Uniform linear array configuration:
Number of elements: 24
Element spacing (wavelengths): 0.5
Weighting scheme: blackman
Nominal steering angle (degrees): -15
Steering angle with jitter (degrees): -13.857
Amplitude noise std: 0.05
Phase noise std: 0.05

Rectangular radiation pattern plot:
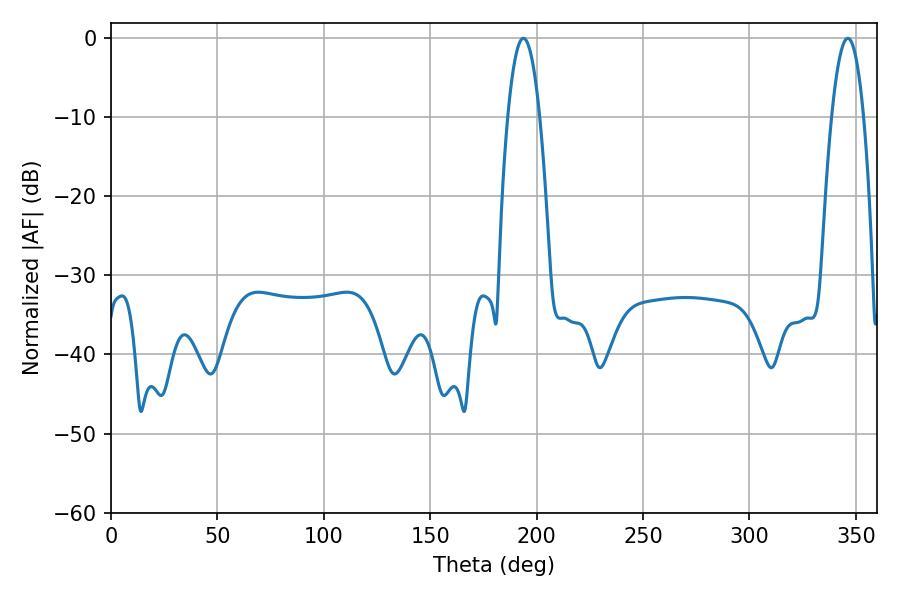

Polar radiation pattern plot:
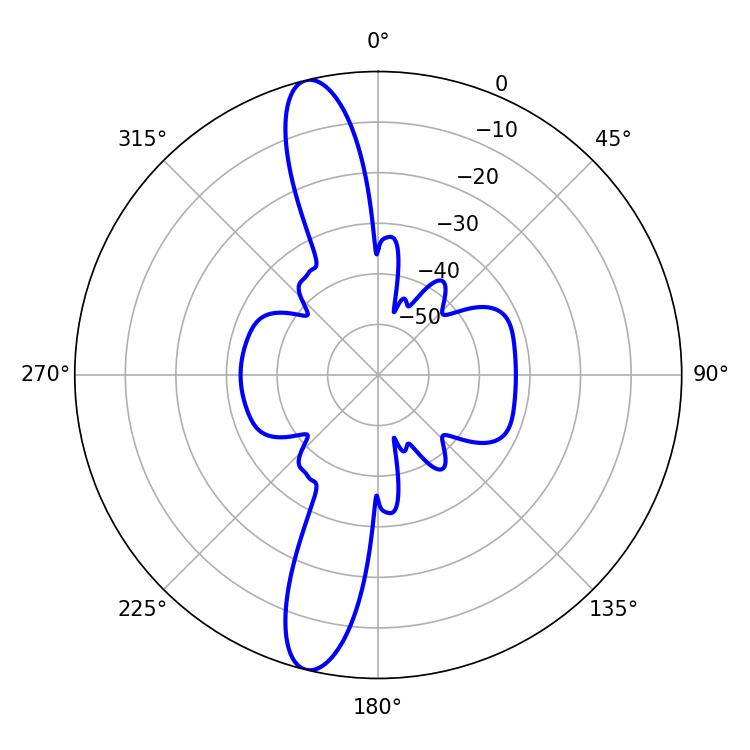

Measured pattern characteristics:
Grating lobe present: FALSE
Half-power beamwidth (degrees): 8.28
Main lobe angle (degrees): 193.86